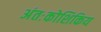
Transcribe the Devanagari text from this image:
अंतःकोशिकिय